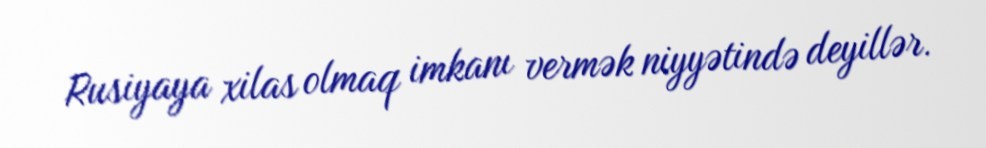
Rusiyaya xilas olmaq imkanı vermək niyyətində deyillər.